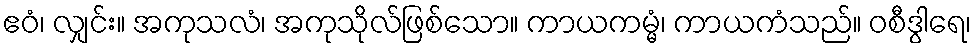
ဧဝံ၊ လျှင်း။ အကုသလံ၊ အကုသိုလ်ဖြစ်သော။ ကာယကမ္မံ၊ ကာယကံသည်။ ဝစီဒွါရေ၊